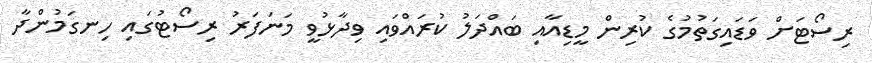
ރިސޯޓަށް ވަޑައިގަތުމުގެ ކުރިން މީޑިއާއި ބައްދަލު ކުރައްވައި ވިދާޅުވީ މަނަފަރު ރިސޯޓުގައި ހިނގަމުންދާ